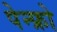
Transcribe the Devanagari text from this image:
पेन्फ्रो